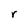
Character: r